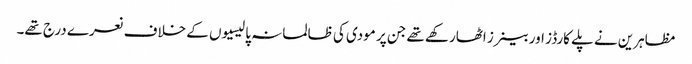
مظاہرین نے پلے کارڈز اور بینرز اٹھارکھے تھے جن پر مودی کی ظالمانہ پالیسیوں کے خلاف نعرے درج تھے۔